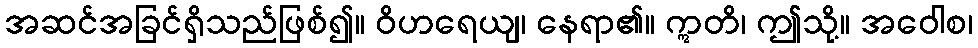
အဆင်အခြင်ရှိသည်ဖြစ်၍။ ဝိဟရေယျ၊ နေရာ၏။ ဣတိ၊ ဤသို့။ အဝေါစ၊